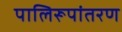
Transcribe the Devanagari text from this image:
पालिरूपांतरण